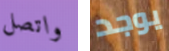
واتصل يوجد